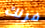
فرنك